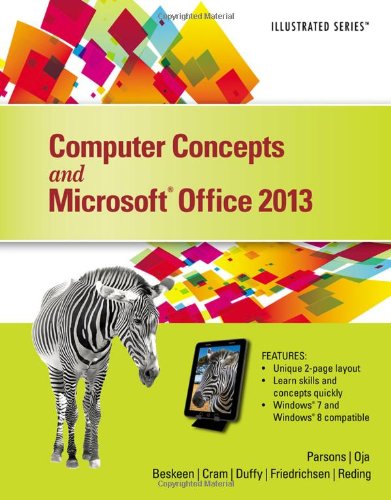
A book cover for Computer Concepts and Microsoft Office 2013: Illustrated; June Jamrich Parsons; Computers & Technology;